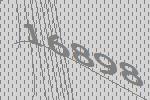
16898